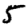
Digit: 5